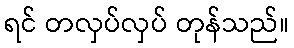
ရင် တလှပ်လှပ် တုန်သည်။